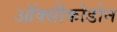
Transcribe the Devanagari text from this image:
ऑक्सीकोडोन